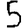
Digit: 5